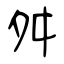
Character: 舛